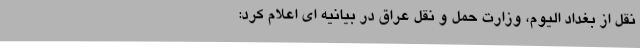
نقل از بغداد الیوم، وزارت حمل و نقل عراق در بیانیه ای اعلام کرد: